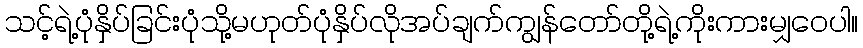
သင့်ရဲ့ပုံနှိပ်ခြင်းပုံသို့မဟုတ်ပုံနှိပ်လိုအပ်ချက်ကျွန်တော်တို့ရဲ့ကိုးကားမျှဝေပါ။